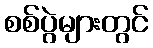
စစ်ပွဲများတွင်